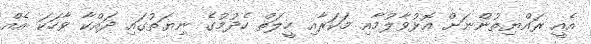
އެއީ ރައްޔިތުންނަށް އޮޅުވާލުމާއި މަކަރާއި ހީލަތް ހެދުމުގެ ނިޔަތުގައި ދައްކާ ވާހަކަ އެއް